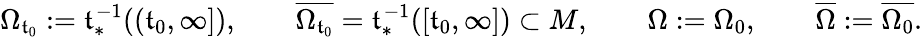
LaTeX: \Omega_{\mathfrak{t}_{0}}:=\mathfrak{t}_{*}^{-1}((\mathfrak{t}_{0},\infty]),\qquad\overline{{\Omega_{\mathfrak{t}_{0}}}}=\mathfrak{t}_{*}^{-1}([\mathfrak{t}_{0},\infty])\subset M,\qquad\Omega:=\Omega_{0},\qquad\overline{\Omega}:=\overline{{\Omega_{0}}}.